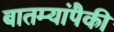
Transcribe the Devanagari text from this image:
बातम्यांपैकी